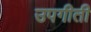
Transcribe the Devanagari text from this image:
उपगीती